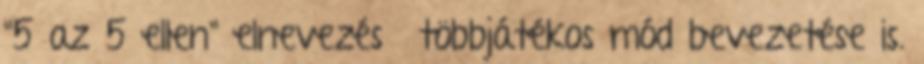
"5 az 5 ellen" elnevezésű többjátékos mód bevezetése is.